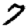
Digit: 7